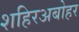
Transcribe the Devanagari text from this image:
शहिरअबोहर